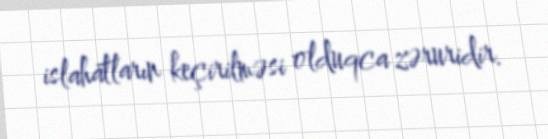
islahatların keçirilməsi olduqca zəruridir.